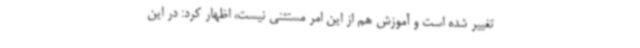
تغییر شده است و آموزش هم از این امر مستثنی نیست، اظهار کرد: در این